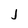
Character: j